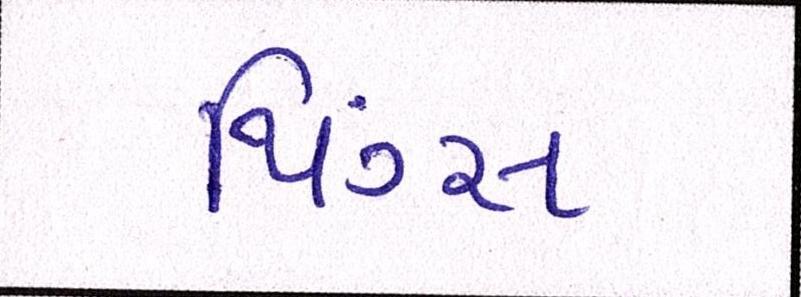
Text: થિંગ્સ